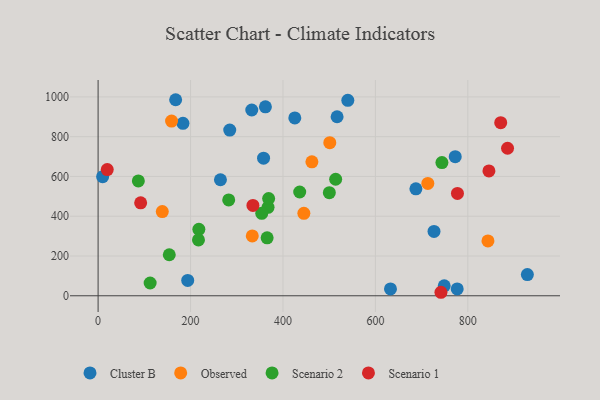
{"axis": {"x": "Price", "y": "Salary"}, "legend": ["Cluster B", "Observed", "Scenario 1", "Scenario 2"], "data": [{"x": "687.6", "y": 537.6, "type": "Cluster B"}, {"x": "928.8", "y": 106.6, "type": "Cluster B"}, {"x": "632.6", "y": 34.2, "type": "Cluster B"}, {"x": "193.9", "y": 77.1, "type": "Cluster B"}, {"x": "183.6", "y": 867.1, "type": "Cluster B"}, {"x": "772.7", "y": 699.2, "type": "Cluster B"}, {"x": "362.0", "y": 950.3, "type": "Cluster B"}, {"x": "540.3", "y": 983.0, "type": "Cluster B"}, {"x": "748.9", "y": 50.1, "type": "Cluster B"}, {"x": "517.1", "y": 900.1, "type": "Cluster B"}, {"x": "726.8", "y": 323.4, "type": "Cluster B"}, {"x": "167.8", "y": 985.8, "type": "Cluster B"}, {"x": "284.8", "y": 833.0, "type": "Cluster B"}, {"x": "358.0", "y": 691.7, "type": "Cluster B"}, {"x": "425.6", "y": 894.2, "type": "Cluster B"}, {"x": "264.7", "y": 583.5, "type": "Cluster B"}, {"x": "9.8", "y": 599.1, "type": "Cluster B"}, {"x": "777.0", "y": 34.2, "type": "Cluster B"}, {"x": "332.5", "y": 934.1, "type": "Cluster B"}, {"x": "501.3", "y": 769.6, "type": "Observed"}, {"x": "843.5", "y": 275.8, "type": "Observed"}, {"x": "138.9", "y": 423.5, "type": "Observed"}, {"x": "445.2", "y": 414.5, "type": "Observed"}, {"x": "333.6", "y": 300.8, "type": "Observed"}, {"x": "462.6", "y": 673.4, "type": "Observed"}, {"x": "159.0", "y": 878.6, "type": "Observed"}, {"x": "713.4", "y": 564.8, "type": "Observed"}, {"x": "365.7", "y": 291.5, "type": "Scenario 2"}, {"x": "743.9", "y": 669.9, "type": "Scenario 2"}, {"x": "87.1", "y": 577.7, "type": "Scenario 2"}, {"x": "367.7", "y": 444.6, "type": "Scenario 2"}, {"x": "354.1", "y": 414.4, "type": "Scenario 2"}, {"x": "112.6", "y": 64.3, "type": "Scenario 2"}, {"x": "154.0", "y": 206.3, "type": "Scenario 2"}, {"x": "500.3", "y": 518.3, "type": "Scenario 2"}, {"x": "369.0", "y": 489.0, "type": "Scenario 2"}, {"x": "218.0", "y": 334.3, "type": "Scenario 2"}, {"x": "282.6", "y": 482.2, "type": "Scenario 2"}, {"x": "217.2", "y": 280.9, "type": "Scenario 2"}, {"x": "514.0", "y": 586.0, "type": "Scenario 2"}, {"x": "436.2", "y": 521.7, "type": "Scenario 2"}, {"x": "741.8", "y": 17.6, "type": "Scenario 1"}, {"x": "92.1", "y": 467.4, "type": "Scenario 1"}, {"x": "335.0", "y": 454.4, "type": "Scenario 1"}, {"x": "845.6", "y": 627.8, "type": "Scenario 1"}, {"x": "19.8", "y": 634.4, "type": "Scenario 1"}, {"x": "871.1", "y": 870.3, "type": "Scenario 1"}, {"x": "777.5", "y": 514.7, "type": "Scenario 1"}, {"x": "885.9", "y": 741.7, "type": "Scenario 1"}]}